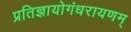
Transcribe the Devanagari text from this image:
प्रतिज्ञायोगंधरायणम्